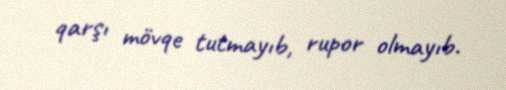
qarşı mövqe tutmayıb, rupor olmayıb.